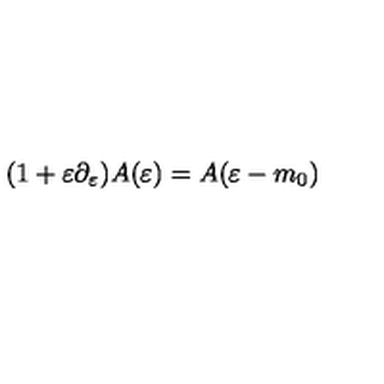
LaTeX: ( 1 + \varepsilon \partial _ { \varepsilon } ) A ( \varepsilon ) = A ( \varepsilon - m _ { 0 } )